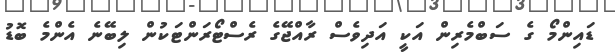
ޑައިންމޯ ގެ ސަބްމެރިން އަކީ އަދިވެސް ރާއްޖޭގެ ރެސްޓޯރަންޓަކުން ލިބޭނެ އެންމެ ބޮޑު